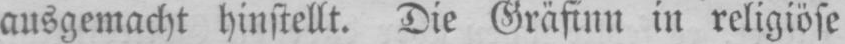
ausgemacht hinstellt. Die Gräfinn in religiöse